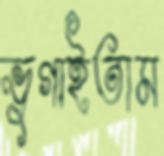
ভুগাইতাম